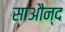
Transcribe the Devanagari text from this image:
साऔन्द